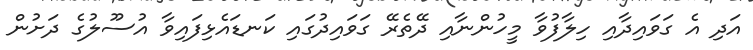
އަދި އެ ގަވައިދާއި ހިލާފުވާ މީހުންނާއި ދޭތެރޭ ގަވައިދުގައި ކަނޑައެޅިފައިވާ އުސޫލުގެ ދަށުން